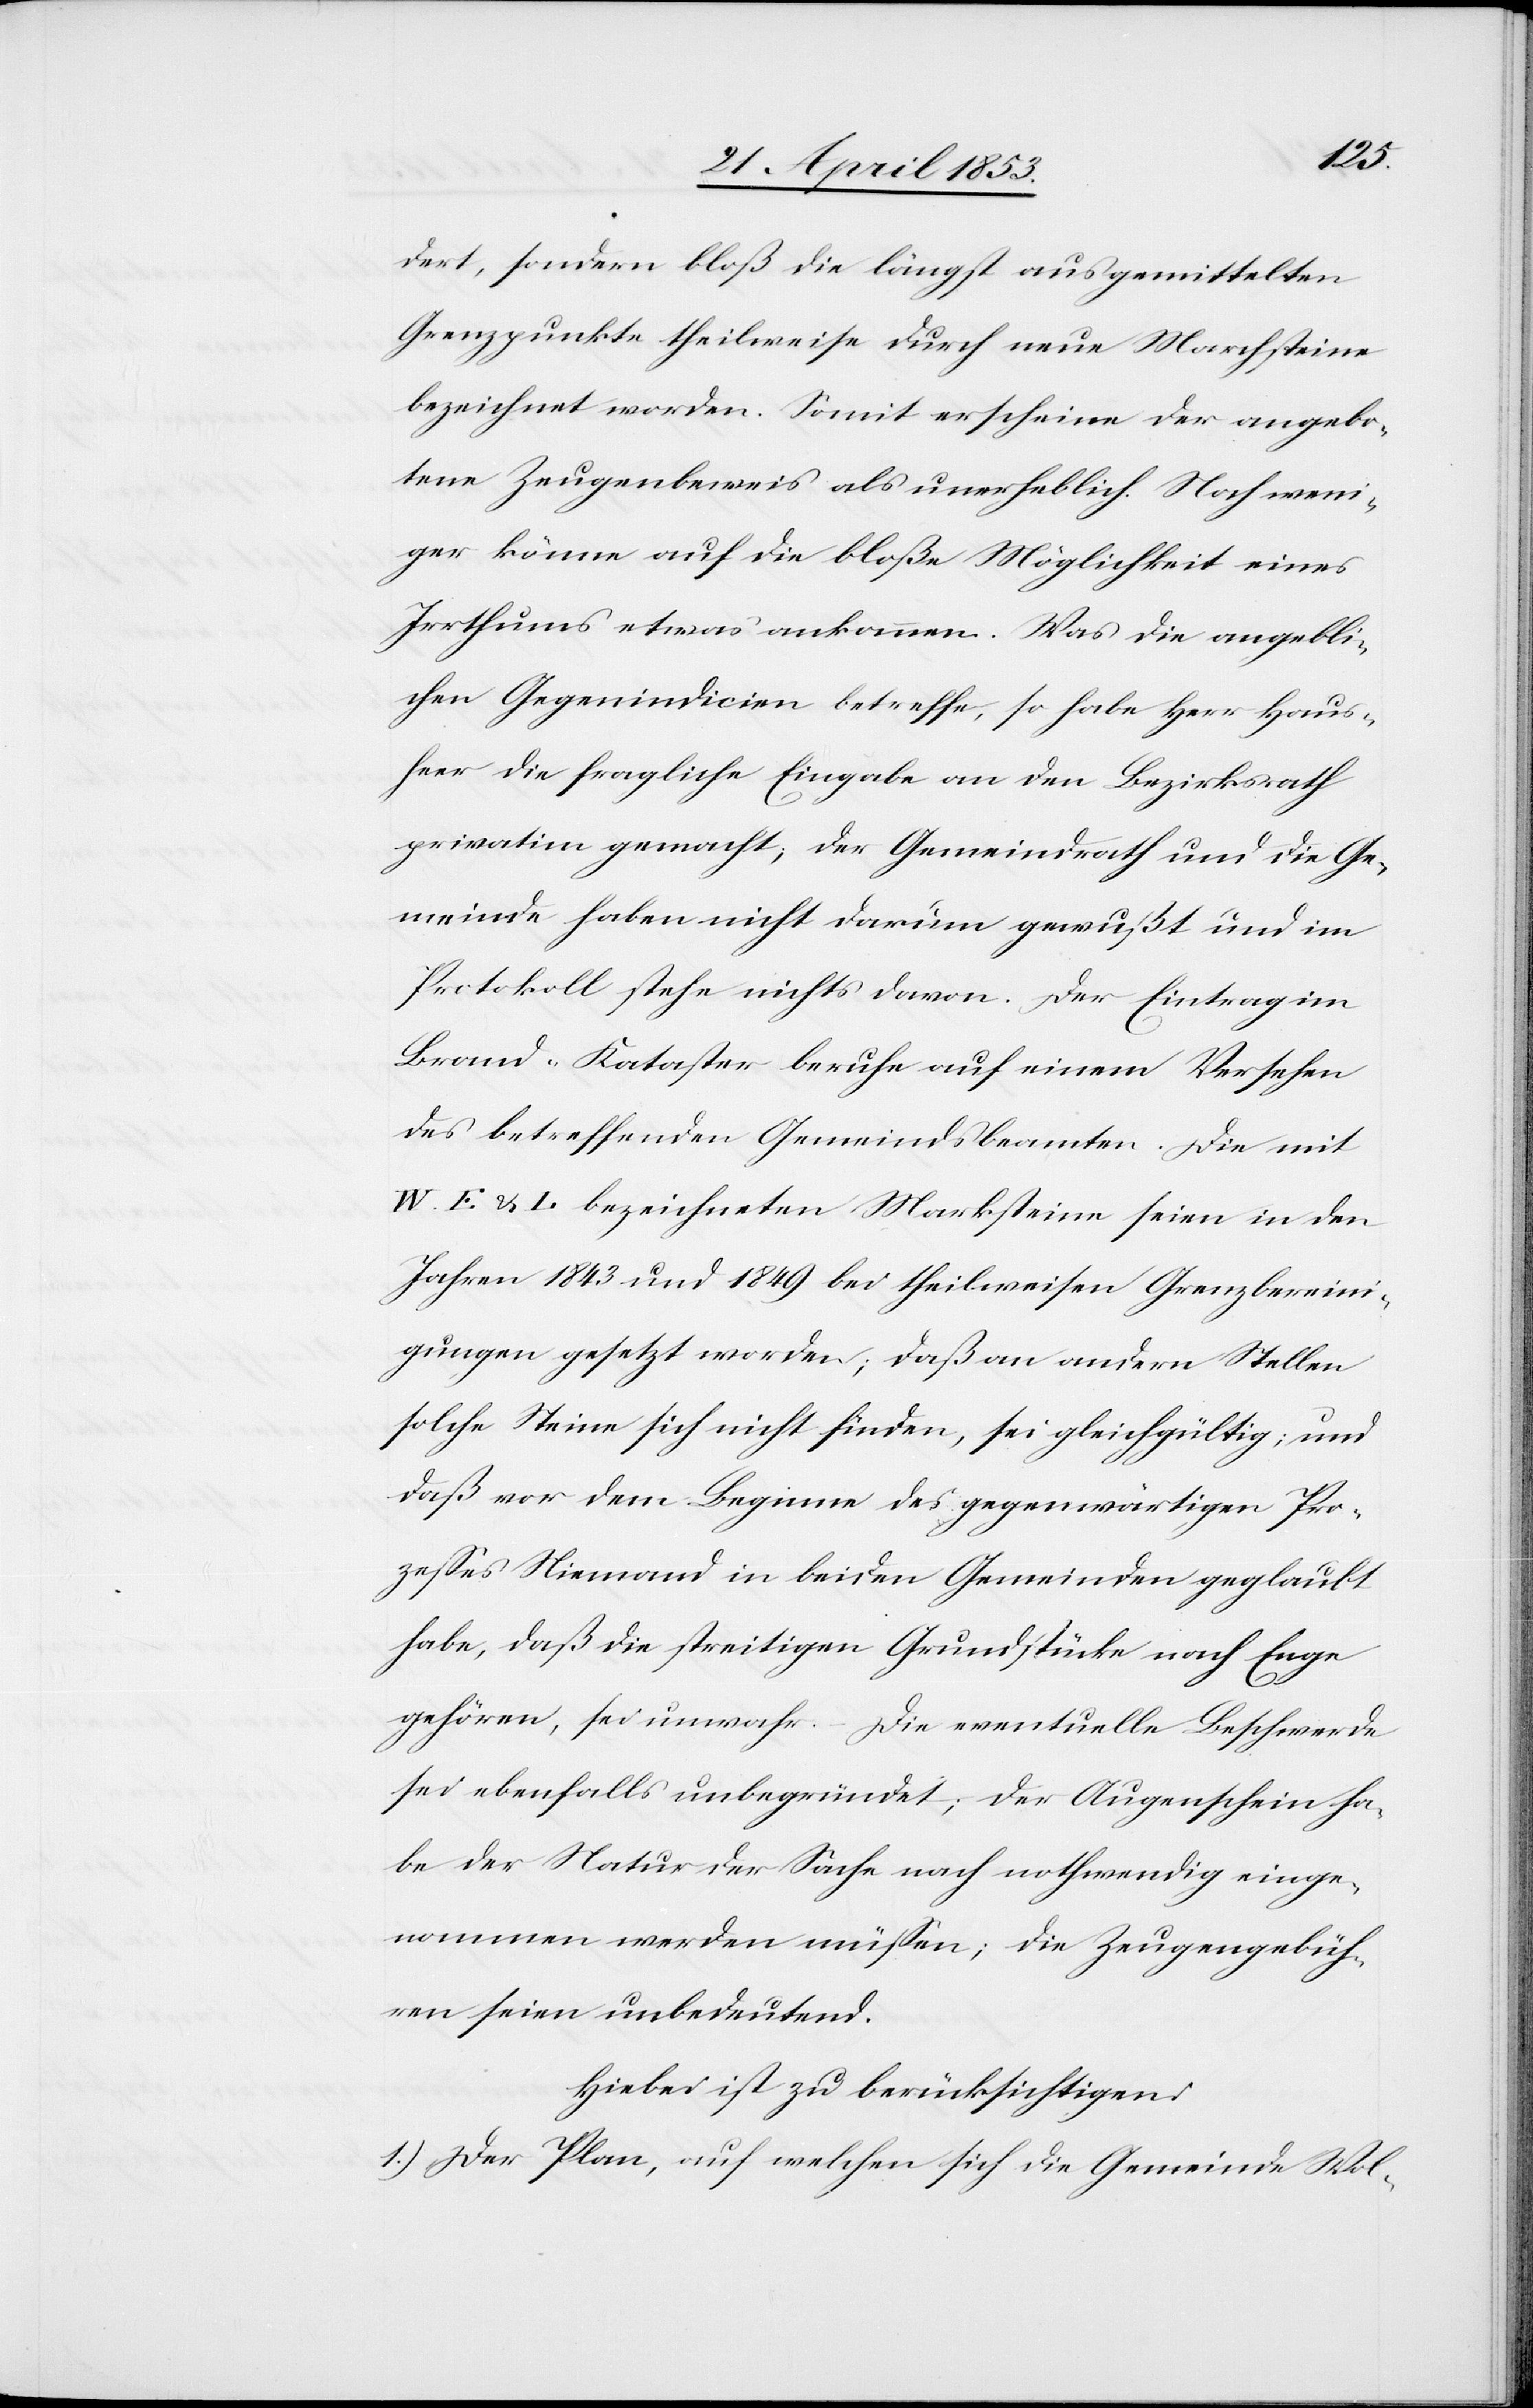
dert, sondern bloß die längst ausgemittelten
Grenzpunkte theilweise durch neue Marchsteine
bezeichnet worden. Somit erscheine der angebo¬
tene Zeugenbeweis als unerheblich. Noch weni¬
ger könne auf die bloße Möglichkeit eines
Irrthums etwas ankommen. Was die angebli¬
chen Gegenindicien betreffe, so habe Herr Haus¬
heer die fragliche Eingabe an den Bezirksrath
privatim gemacht, der Gemeindrath und die Ge¬
meinde haben nicht darum gewußt und im
Protokoll stehe nichts davon. Der Eintrag im
Brand-Kataster beruhe auf einem Versehen
des betreffenden Gemeindsbeamten. Die mit
W. E. u. L bezeichneten Marchsteine seien in den
Jahren 1843 und 1849 bei theilweisen Grenzbereini¬
gungen gesetzt worden, daß an andern Stellen
solche Steine sich nicht finden, sei gleichgültig; und
daß vor dem Beginne des gegenwärtigen Pro¬
zeßes Niemand in beiden Gemeinden geglaubt
habe, daß die streitigen Grundstücke nach Enge
gehören, sei unwahr. Die eventuelle Beschwerde
sei ebenfalls unbegründet, der Augenschein ha¬
be der Natur der Sache nach nothwendig einge¬
nommen werden müßen; die Zeugengebüh¬
ren seien unbedeutend.
Hiebei ist zu berücksichtigen:
1.) Der Plan, auf welchen sich die Gemeinde Wol-